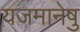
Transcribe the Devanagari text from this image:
यजमानेषु